Report of an investigation into the causes of malaria in Bombay and the measures necessary for its control
Disease focus: Malaria
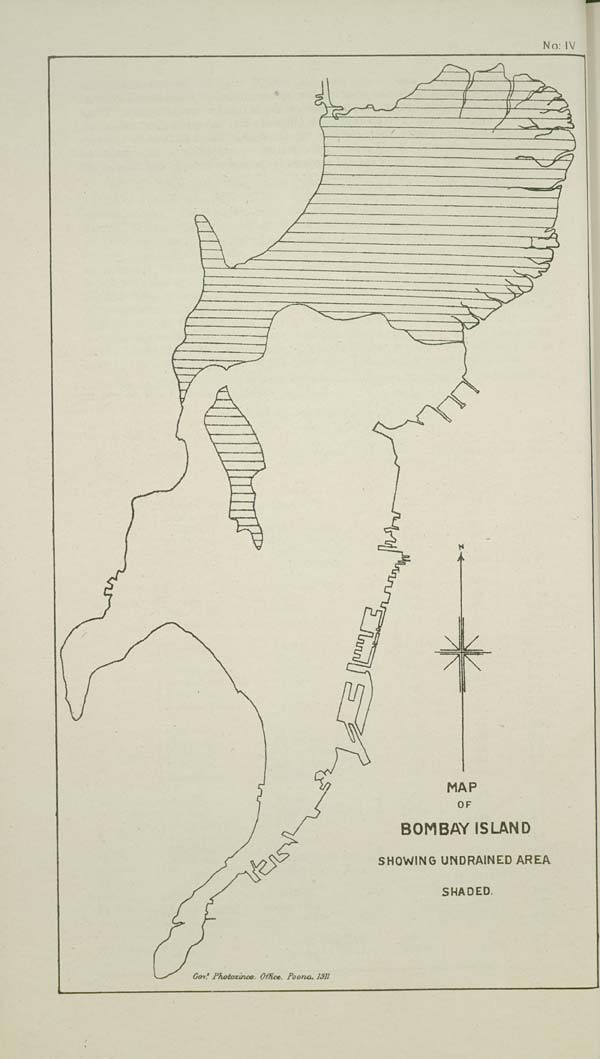
NO: IV